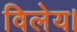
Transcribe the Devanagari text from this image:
विलेय।